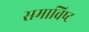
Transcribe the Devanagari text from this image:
समाविष्‍ट